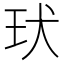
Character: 㺴